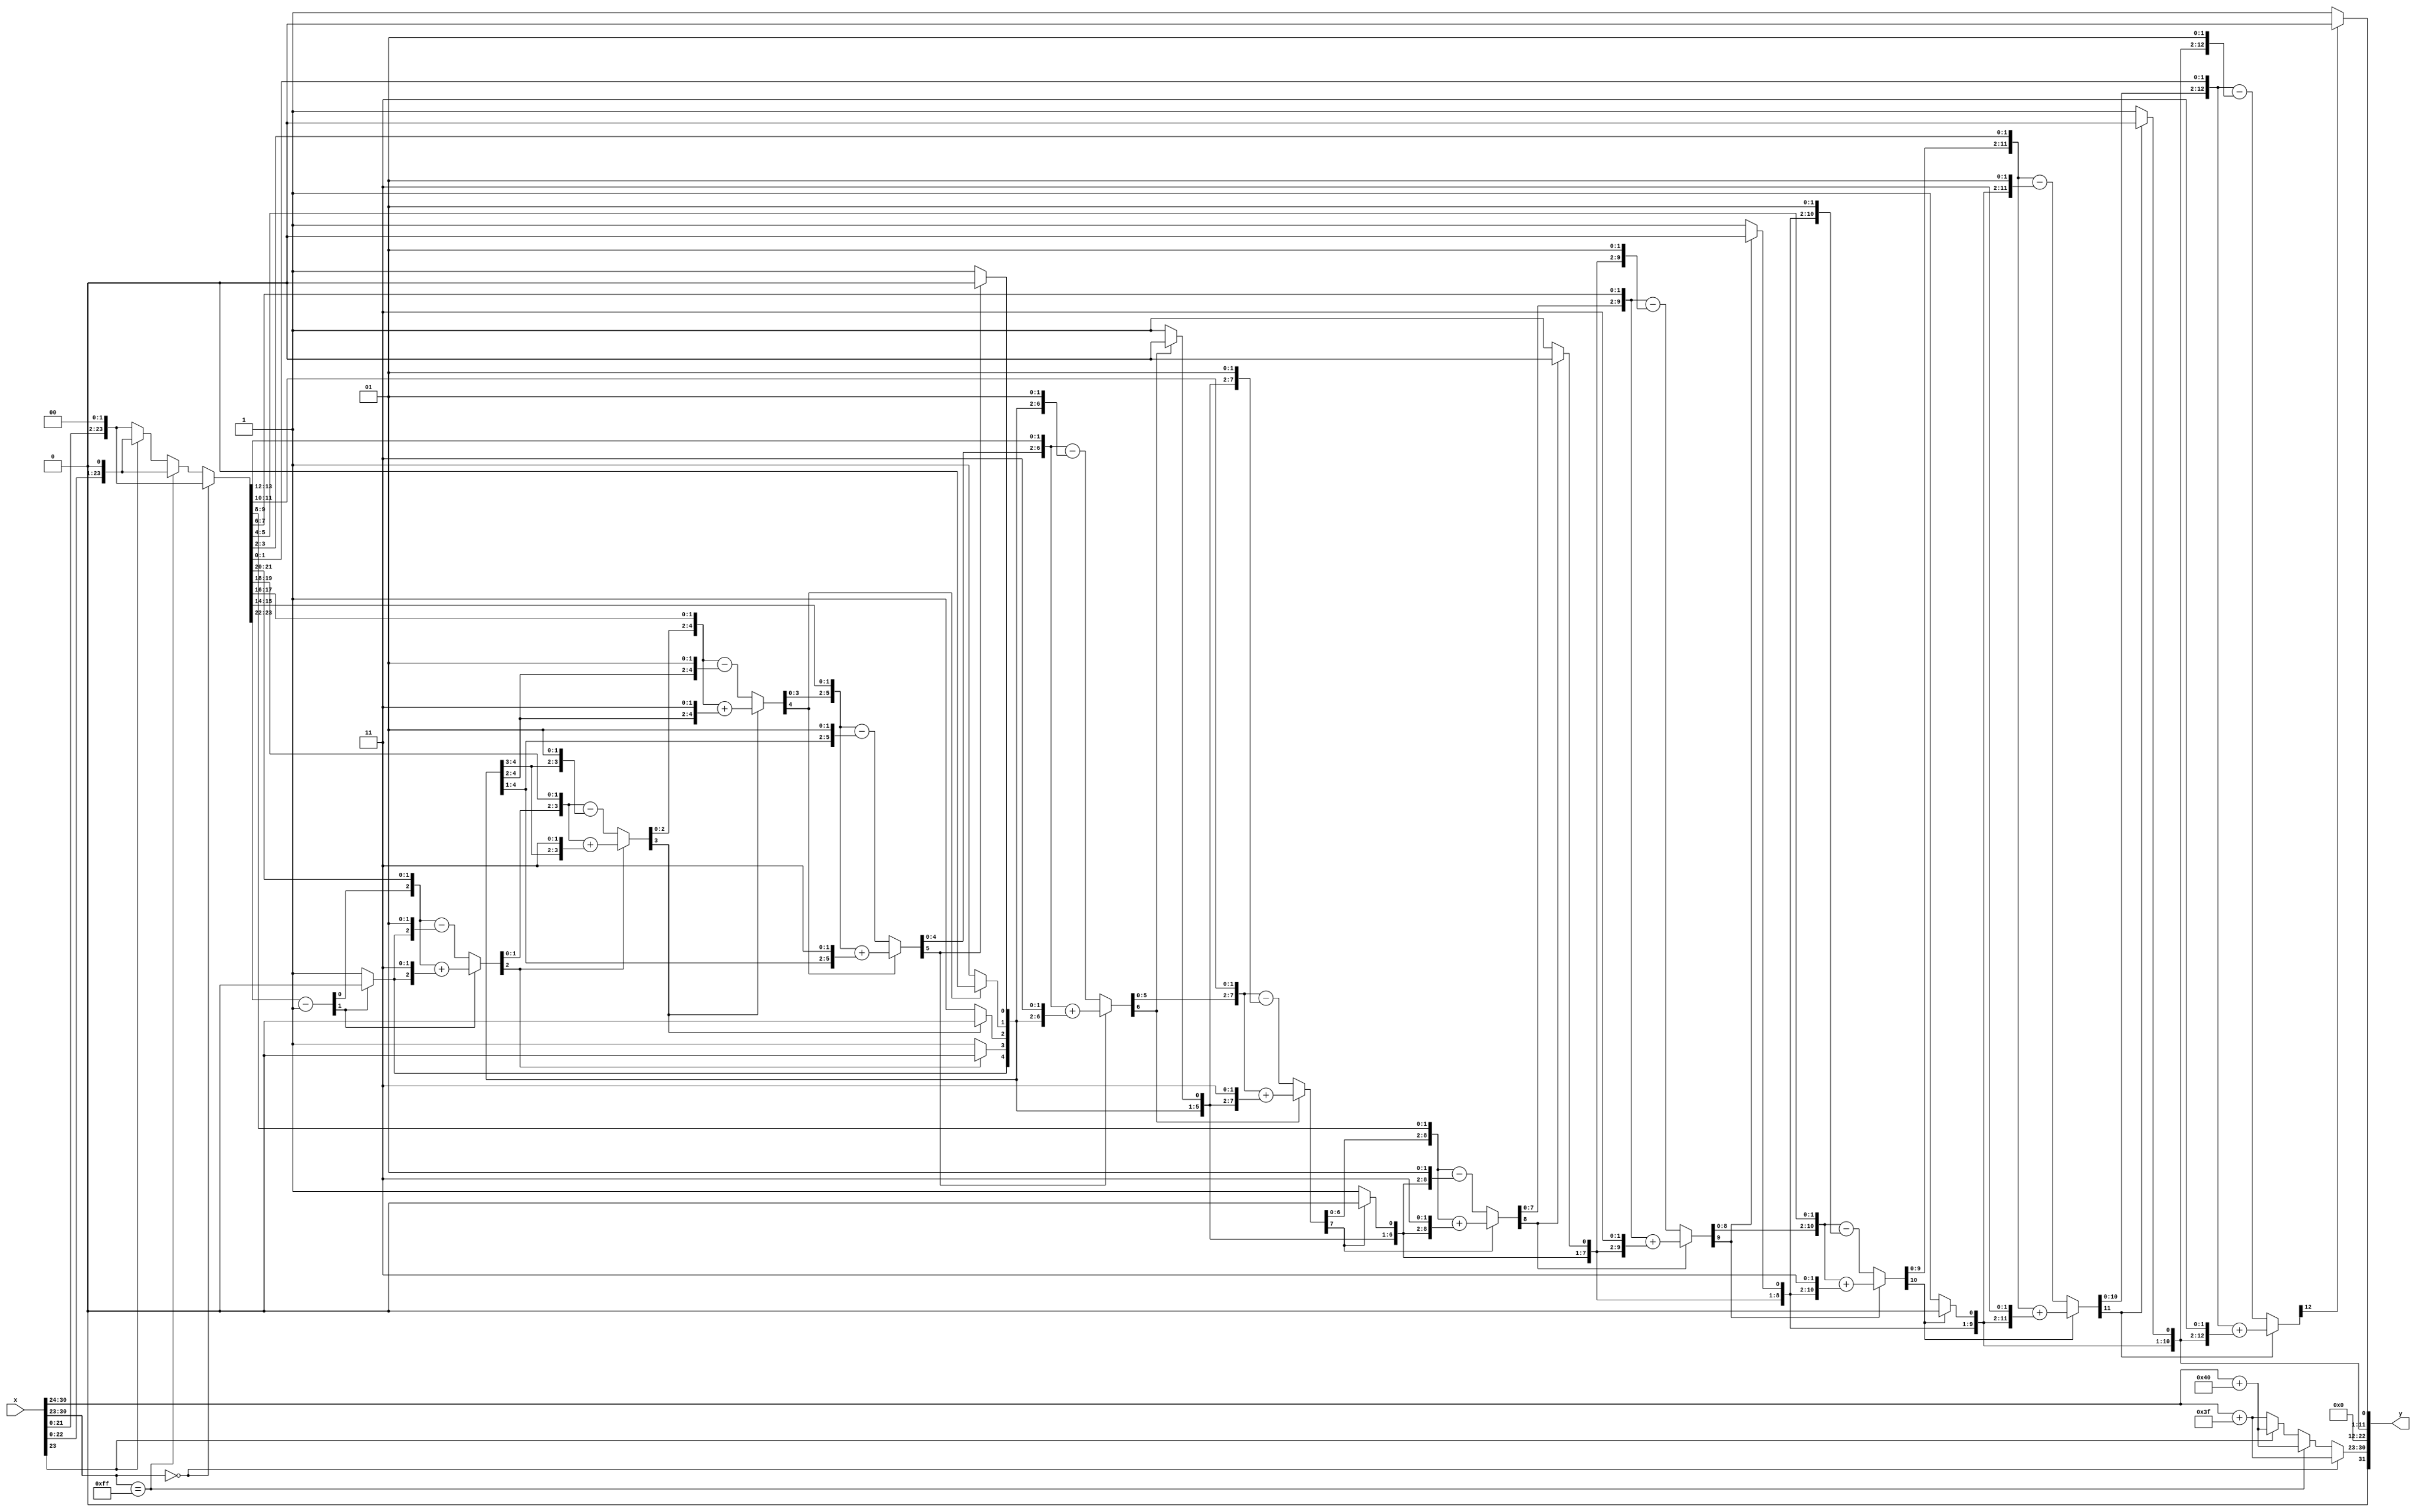
module sp_sqrt(input [31:0]x, output reg[31:0] y);

reg[22:0]x_mantissa;
reg[7:0]x_exponent;
reg x_sign;
reg[22:0]y_mantissa;
reg[7:0]y_exponent;
reg y_sign;
reg[25:0]ix;
reg [12:0] r;
reg [12:0] q;
integer i;

always @(x)
begin
x_mantissa = x[22:0];
x_exponent = x[30:23];
x_sign = x[31];
y_sign = 1'b0;
r[12] = 1'b0;
q[12] = 1'b0;

if(x_exponent==8'b00000000)
begin
    y_exponent={1'b0,x_exponent[7:1]}+63;
    ix={1'b0,x_mantissa,2'b00};
    y_mantissa=23'b0000_0000_0000_0000_0000_000;
end
else if (x_exponent==8'b11111111)
begin
    y_exponent={1'b0,x_exponent[7:1]}+64;
    ix={2'b00,x_mantissa,1'b0};
    y_mantissa=23'b0000_0000_0000_0000_0000_000;
end
else
begin
    if(x_exponent[0]==1'b1)
    begin
        y_exponent={1'b0,x_exponent[7:1]}+64;
        ix={2'b01,x_mantissa,1'b0};
    end
    else
    begin
        y_exponent={1'b0,x_exponent[7:1]}+63;
        ix={1'b1,x_mantissa,2'b00};
    end
    
    y_mantissa=23'b0000_0000_0000_0000_0000_000;
end
///after trying to model with clk I failed. so I tried to do it with loop.
begin //loop
if (r[12] == 0)
 	 r[12:11] = ix[2*11+1:2*11] - 2'b01;
else 
 	 r[12:11] = ix[2*11+1:2*11] + 2'b11;
	 
if (r[12] == 0)
 	 q[12:11] = {q[12:11+1],1'b1};
 else
 	 q[12:11] = {q[12:11+1],1'b0};
#100;
if (r[12] == 0)
 	 r[12:10] = { r[11:10+1], ix[2*10+1:2*10]} - {q[11:10+1],2'b01};
else 
 	 r[12:10] = { r[11:10+1], ix[2*10+1:2*10]} + {q[11:10+1],2'b11};
if (r[12] == 0)
 	 q[12:10] = {q[12:10+1],1'b1};
 else
 	 q[12:10] = {q[12:10+1],1'b0};
#100;

if (r[12] == 0)
 	 r[12:9] = { r[11:9+1], ix[2*9+1:2*9]} - {q[11:9+1],2'b01};
else 
 	 r[12:9] = { r[11:9+1], ix[2*9+1:2*9]} + {q[11:9+1],2'b11};
if (r[12] == 0)
 	 q[12:9] = {q[12:9+1],1'b1};
 else
 	 q[12:9] = {q[12:9+1],1'b0};
#100;

if (r[12] == 0)
 	 r[12:8] = { r[11:8+1], ix[2*8+1:2*8]} - {q[11:8+1],2'b01};
else 
 	 r[12:8] = { r[11:8+1], ix[2*8+1:2*8]} + {q[11:8+1],2'b11};
if (r[12] == 0)
 	 q[12:8] = {q[12:8+1],1'b1};
 else
 	 q[12:8] = {q[12:8+1],1'b0};
#100;

if (r[12] == 0)
 	 r[12:7] = { r[11:7+1], ix[2*7+1:2*7]} - {q[11:7+1],2'b01};
else 
 	 r[12:7] = { r[11:7+1], ix[2*7+1:2*7]} + {q[11:7+1],2'b11};
if (r[12] == 0)
 	 q[12:7] = {q[12:7+1],1'b1};
 else
 	 q[12:7] = {q[12:7+1],1'b0};
#100;

if (r[12] == 0)
 	 r[12:6] = { r[11:6+1], ix[2*6+1:2*6]} - {q[11:6+1],2'b01};
else 
 	 r[12:6] = { r[11:6+1], ix[2*6+1:2*6]} + {q[11:6+1],2'b11};
if (r[12] == 0)
 	 q[12:6] = {q[12:6+1],1'b1};
 else
 	 q[12:6] = {q[12:6+1],1'b0};
#100;

if (r[12] == 0)
 	 r[12:5] = { r[11:5+1], ix[2*5+1:2*5]} - {q[11:5+1],2'b01};
else 
 	 r[12:5] = { r[11:5+1], ix[2*5+1:2*5]} + {q[11:5+1],2'b11};
if (r[12] == 0)
 	 q[12:5] = {q[12:5+1],1'b1};
 else
 	 q[12:5] = {q[12:5+1],1'b0};
#100;

if (r[12] == 0)
 	 r[12:4] = { r[11:4+1], ix[2*4+1:2*4]} - {q[11:4+1],2'b01};
else 
 	 r[12:4] = { r[11:4+1], ix[2*4+1:2*4]} + {q[11:4+1],2'b11};
if (r[12] == 0)
 	 q[12:4] = {q[12:4+1],1'b1};
 else
 	 q[12:4] = {q[12:4+1],1'b0};
#100;

if (r[12] == 0)
 	 r[12:3] = { r[11:3+1], ix[2*3+1:2*3]} - {q[11:3+1],2'b01};
else 
 	 r[12:3] = { r[11:3+1], ix[2*3+1:2*3]} + {q[11:3+1],2'b11};
if (r[12] == 0)
 	 q[12:3] = {q[12:3+1],1'b1};
 else
 	 q[12:3] = {q[12:3+1],1'b0};
#100;

if (r[12] == 0)
 	 r[12:2] = { r[11:2+1], ix[2*2+1:2*2]} - {q[11:2+1],2'b01};
else 
 	 r[12:2] = { r[11:2+1], ix[2*2+1:2*2]} + {q[11:2+1],2'b11};
if (r[12] == 0)
 	 q[12:2] = {q[12:2+1],1'b1};
 else
 	 q[12:2] = {q[12:2+1],1'b0};
#100;

if (r[12] == 0)
 	 r[12:1] = { r[11:1+1], ix[2*1+1:2*1]} - {q[11:1+1],2'b01};
else 
 	 r[12:1] = { r[11:1+1], ix[2*1+1:2*1]} + {q[11:1+1],2'b11};
if (r[12] == 0)
 	 q[12:1] = {q[12:1+1],1'b1};
 else
 	 q[12:1] = {q[12:1+1],1'b0};
#100;

if (r[12] == 0)
 	 r[12:0] = { r[11:0+1], ix[2*0+1:2*0]} - {q[11:0+1],2'b01};
else 
 	 r[12:0] = { r[11:0+1], ix[2*0+1:2*0]} + {q[11:0+1],2'b11};
if (r[12] == 0)
 	 q[12:0] = {q[12:0+1],1'b1};
 else
 	 q[12:0] = {q[12:0+1],1'b0};
#100;




end

if (r[12:0] < 0) 
	r[12:0] = r[12:0] + {q[11:0],1'b1};

begin    
y_mantissa = {10'b0000_0000_00, q[12:0]};	
y[22:0]=y_mantissa;
y[30:23]=y_exponent;
y[31]=y_sign;
end
end
endmodule